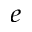
^ e